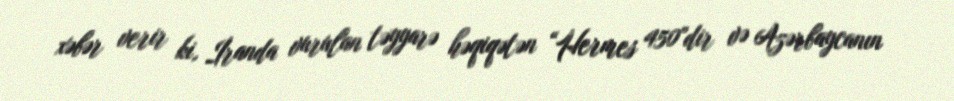
xəbər verir ki, İranda vurulan təyyarə həqiqətən “Hermes 450"dir və Azərbaycanın